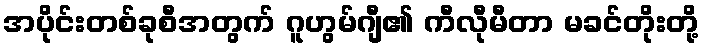
အပိုင်းတစ်ခုစီအတွက် ဂူဟွမ်ဂျီ၏ ကီလီုမီတာ မခင်တိုးတို့